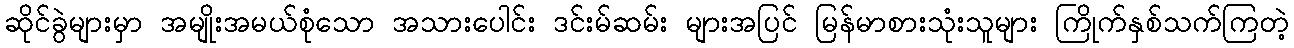
ဆိုင်ခွဲများမှာ အမျိုးအမယ်စုံသော အသားပေါင်း ဒင်းမ်ဆမ်း များအပြင် မြန်မာစားသုံးသူများ ကြိုက်နှစ်သက်ကြတဲ့